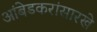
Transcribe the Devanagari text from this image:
आंबेडकरांसारखे